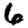
Digit: 6